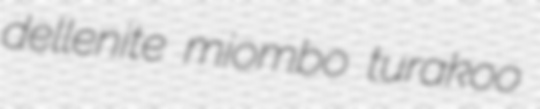
dellenite miombo turakoo